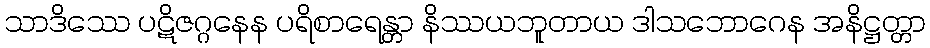
သာဒိဿေ ပဋိဇဂ္ဂနေန ပရိစာရေန္တာ နိဿယဘူတာယ ဒါသဘောဂေန အနိဋ္ဌတ္တာ